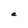
Character: e